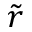
\tilde { r }